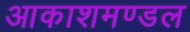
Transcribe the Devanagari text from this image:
आकाशमण्डल